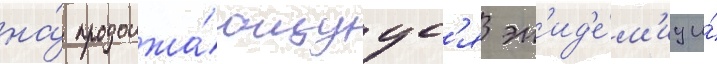
на́ продолжа́ющуус'я эп'ид'е́м'иу и́